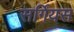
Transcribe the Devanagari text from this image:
सर्गियस